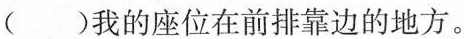
()我的座位在前排靠边的地方。